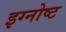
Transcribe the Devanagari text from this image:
इग्नोष्ट